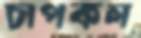
চাপকল